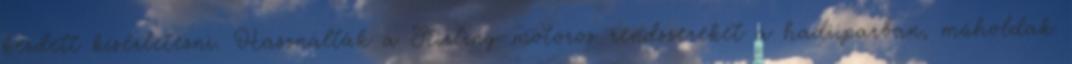
kezdett kísérletezni. Használták a Stirling-motoros rendszereket a hadiiparban, műholdak